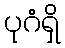
ပုဂံရှိ